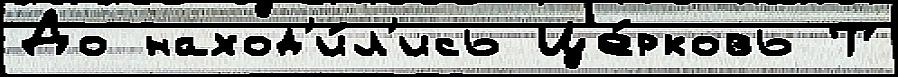
До наход'и́л'ись Це́рковь Т